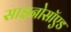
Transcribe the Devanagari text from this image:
साइनोसॉएड